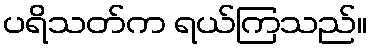
ပရိသတ်က ရယ်ကြသည်။